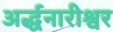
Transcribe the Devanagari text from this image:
अर्द्धनारीश्वर